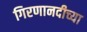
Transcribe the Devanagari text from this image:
गिरणानदीच्या